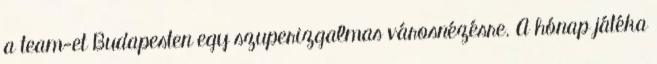
a team-et Budapesten egy szuperizgalmas városnézésre. A hónap játéka